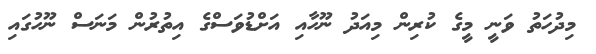
މިދުހަތު ވަނީ މީގެ ކުރިން މިއަދު ނޫހާއި އަށްޑުވަސްގެ އިތުރުން މަނަސް ނޫހުގައި